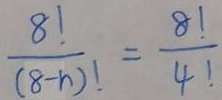
\frac { 8 ! } { ( 8 - n ) ! } = \frac { 8 ! } { 4 ! }